Scottish Certificate of Education, 1962
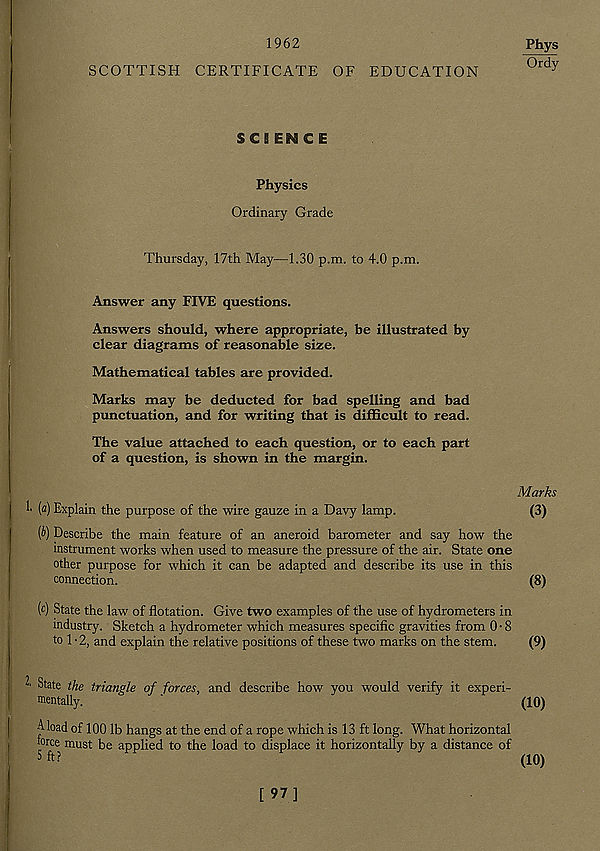
1962
SCOTTISH CERTIFICATE OF EDUCATION
Phys
Ordy
SCIENCE
Physics
Ordinary Grade
Thursday, 17th May—1.30 p.m. to 4.0 p.m.
Answer any FIVE questions.
Answers should, where appropriate, be illustrated by
clear diagrams of reasonable size.
Mathematical tables are provided.
Marks may be deducted for bad spelling and bad
punctuation, and for writing that is difficult to read.
The value attached to each question, or to each part
of a question, is shown in the margin.
Marks
[а) Explain the purpose of the wire gauze in a Davy lamp.
(3)
(б) Describe the main feature of an aneroid barometer and say how the
instrument works when used to measure the pressure of the air. State one
other purpose for which it can be adapted and describe its use in this
connection.
(8)
(c) State the law of flotation. Give two examples of the use of hydrometers in
industry. Sketch a hydrometer which measures specific gravities from 0 • 8
to 1 • 2, and explain the relative positions of these two marks on the stem.
(9)
State the triangle of forces, and describe how you would verify it experi-
mentally.
'
(10)
A load of 100 lb hangs at the end of a rope which is 13 ft long. What horizontal
mrce must be applied to the load to displace it horizontally by a distance of
5 ft?
( 10 )
[97]